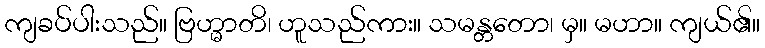
ကျခပ်ပါးသည်။ ဗြဟ္မာတိ၊ ဟူသည်ကား။ သမန္တတော၊ မှ။ မဟာ။ ကျယ်၏။